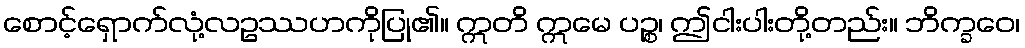
စောင့်ရှောက်လုံ့လဥဿဟကိုပြု၏။ ဣတိ ဣမေ ပဉ္စ၊ ဤငါးပါးတို့တည်း။ ဘိက္ခဝေ၊